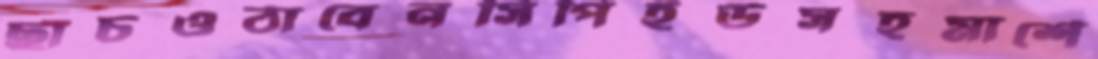
ছাঁচওঠাবেনসিপিইউসহমার্শে